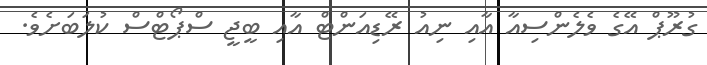
ގުރޫޕް އޭގެ ވެލެންސިއާ އާއި ނިއު ރޭޑިއަންޓް އާއި ބީޖީ ސްޕޯޓްސް ކުލަބަށެވެ.